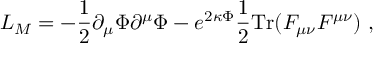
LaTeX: L _ { M } = - \frac { 1 } { 2 } \partial _ { \mu } \Phi \partial ^ { \mu } \Phi - e ^ { 2 \kappa \Phi } \frac { 1 } { 2 } \mathrm { T r } ( F _ { \mu \nu } F ^ { \mu \nu } ) \ ,